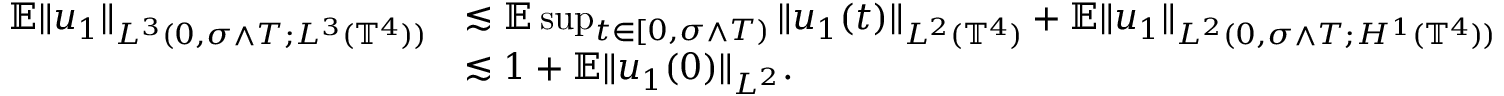
\begin{array} { r l } { { \mathbb E } \| u _ { 1 } \| _ { L ^ { 3 } ( 0 , \sigma \wedge T ; L ^ { 3 } ( \mathbb { T } ^ { 4 } ) ) } } & { \lesssim { \mathbb E } \operatorname* { s u p } _ { t \in [ 0 , \sigma \wedge T ) } \| u _ { 1 } ( t ) \| _ { L ^ { 2 } ( \mathbb { T } ^ { 4 } ) } + { \mathbb E } \| u _ { 1 } \| _ { L ^ { 2 } ( 0 , \sigma \wedge T ; H ^ { 1 } ( \mathbb { T } ^ { 4 } ) ) } } \\ & { \lesssim 1 + { \mathbb E } \| u _ { 1 } ( 0 ) \| _ { L ^ { 2 } } . } \end{array}